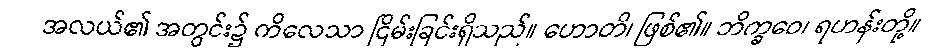
အလယ်၏ အတွင်း၌ ကိလေသာ ငြိမ်းခြင်းရှိသည်။ ဟောတိ၊ ဖြစ်၏။ ဘိက္ခဝေ၊ ရဟန်းတို့။